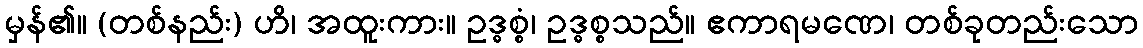
မှန်၏။ (တစ်နည်း) ဟိ၊ အထူးကား။ ဥဒ္ဓစ္စံ၊ ဥဒ္ဓစ္စသည်။ ဧကာရမဏေ၊ တစ်ခုတည်းသော